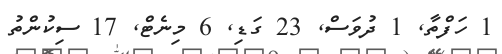
1 ހަފްތާ